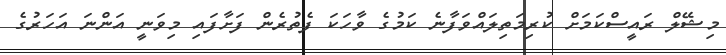
މިޝޭލް ރައީސްކަމަށް ކުރިމަތިލައްވަފާނެ ކަމުގެ ވާހަކަ ފެތުރެން ފަށާފައި މިވަނީ އަންނަ އަހަރުގެ